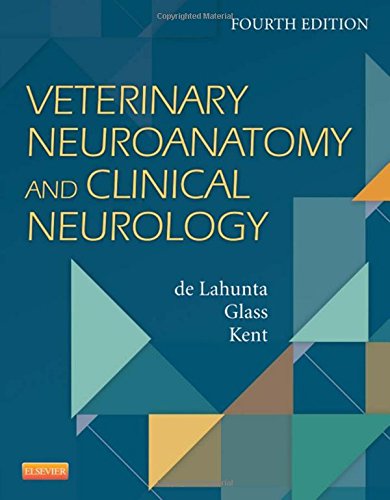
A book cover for Veterinary Neuroanatomy and Clinical Neurology, 4e; Alexander de Lahunta; Medical Books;